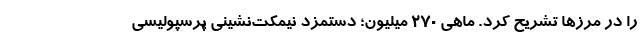
را در مرزها تشریح کرد. ماهی 270 میلیون؛ دستمزد نیمکت‌نشینی پرسپولیسی